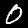
Label: 0